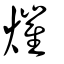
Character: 熣